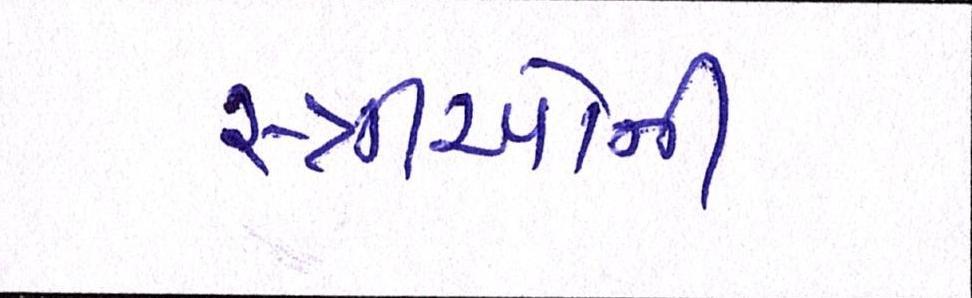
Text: સ્ત્રીઓની